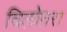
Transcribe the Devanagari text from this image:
चिलोतरा